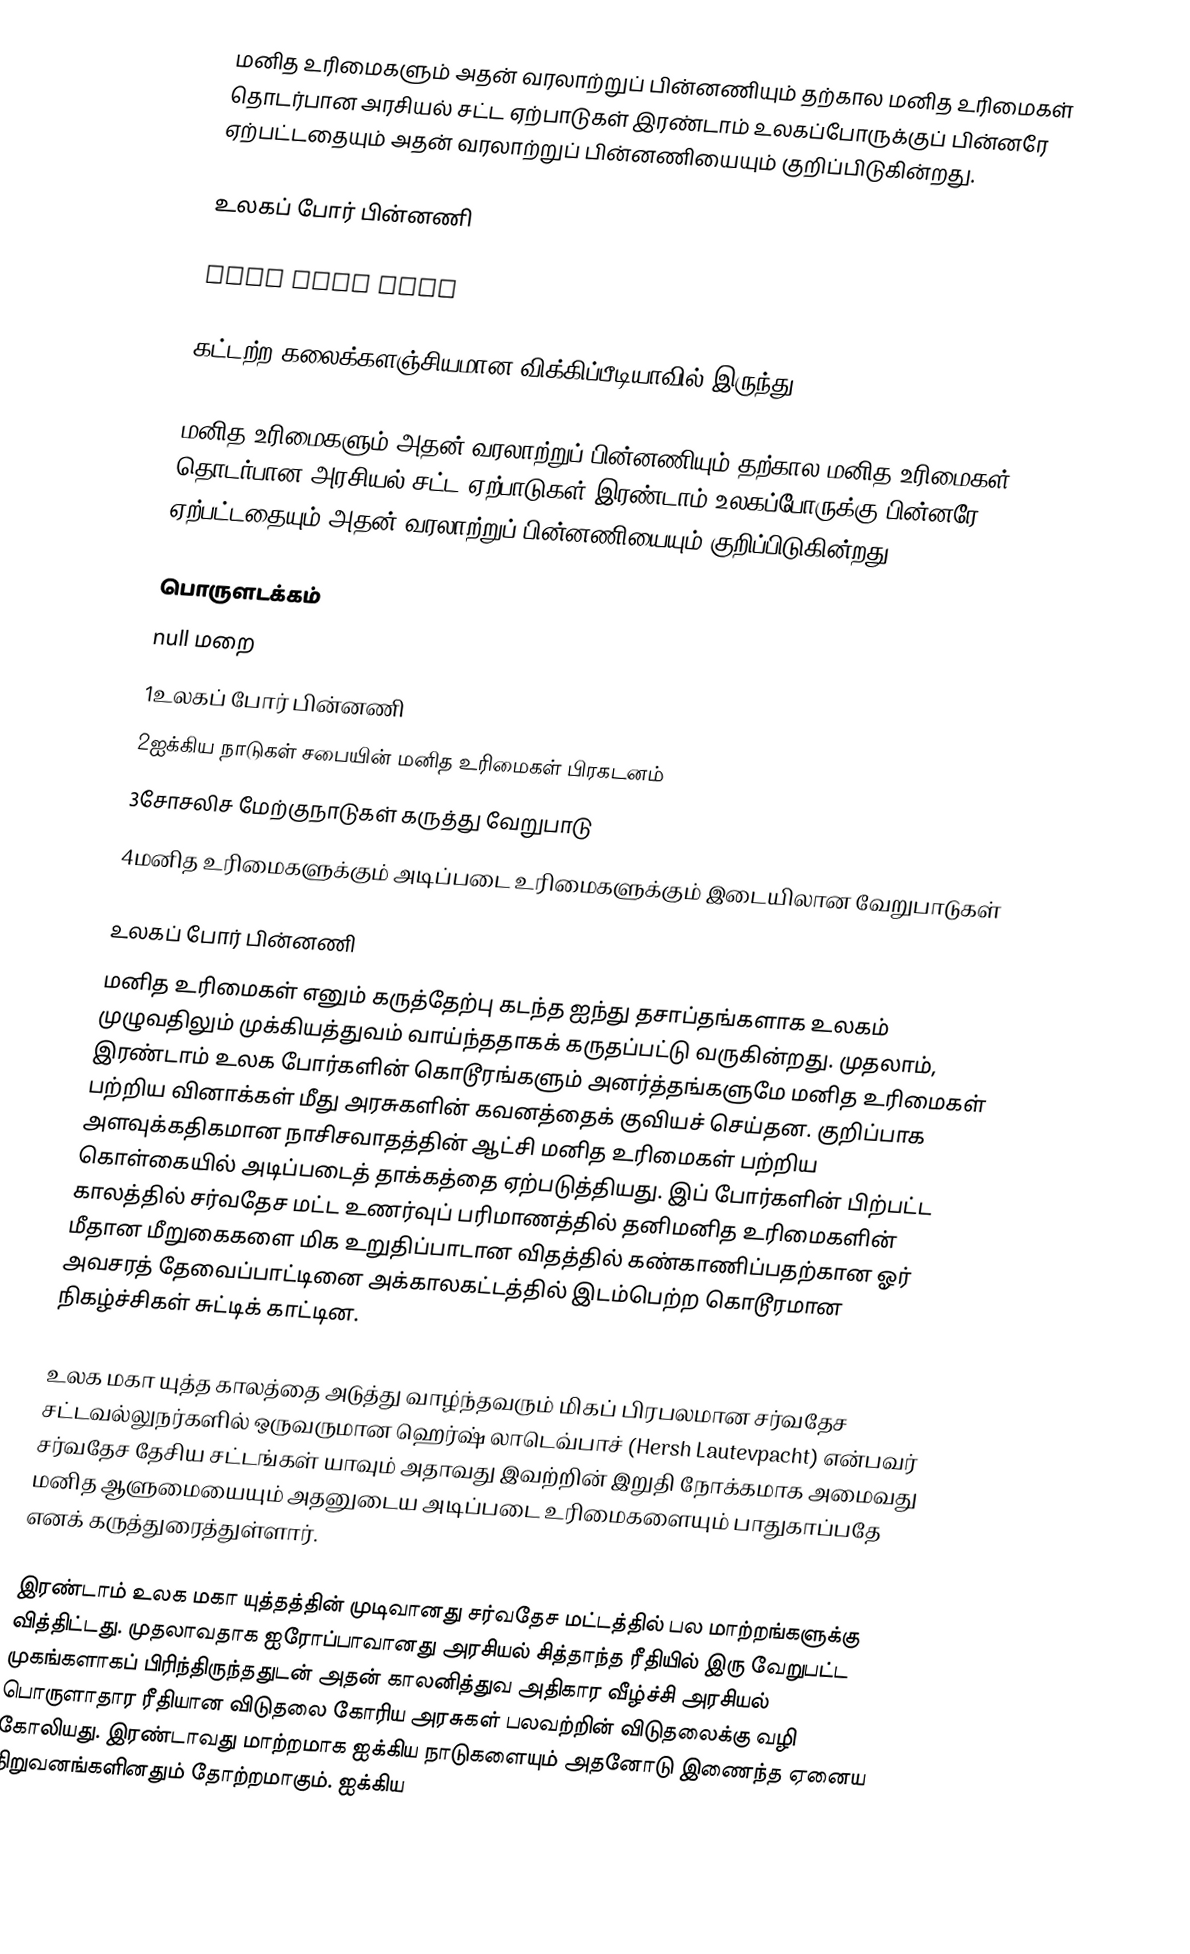
மனித உரிமைகளும் அதன் வரலாற்றுப் பின்னணியும் தற்கால மனித உரிமைகள் தொடர்பான அரசியல் சட்ட ஏற்பாடுகள் இரண்டாம் உலகப்போருக்குப் பின்னரே ஏற்பட்டதையும் அதன் வரலாற்றுப் பின்னணியையும் குறிப்பிடுகின்றது.

உலகப் போர் பின்னணி

LOOL MEEM SAAS

கட்டற்ற கலைக்களஞ்சியமான விக்கிப்பீடியாவில் இருந்து.

மனித உரிமைகளும் அதன் வரலாற்றுப் பின்னணியும் தற்கால மனித உரிமைகள் தொடர்பான அரசியல் சட்ட ஏற்பாடுகள் இரண்டாம் உலகப்போருக்கு பின்னரே ஏற்பட்டதையும் அதன் வரலாற்றுப் பின்னணியையும் குறிப்பிடுகின்றது.

பொருளடக்கம்
  null மறை 
 1உலகப் போர் பின்னணி
 2ஐக்கிய நாடுகள் சபையின் மனித உரிமைகள் பிரகடனம்
 3சோசலிச மேற்குநாடுகள் கருத்து வேறுபாடு
 4மனித உரிமைகளுக்கும் அடிப்படை உரிமைகளுக்கும் இடையிலான வேறுபாடுகள்

உலகப் போர் பின்னணி
மனித உரிமைகள் எனும் கருத்தேற்பு கடந்த ஐந்து தசாப்தங்களாக உலகம் முழுவதிலும் முக்கியத்துவம் வாய்ந்ததாகக் கருதப்பட்டு வருகின்றது. முதலாம், இரண்டாம் உலக போர்களின் கொடூரங்களும் அனர்த்தங்களுமே மனித உரிமைகள் பற்றிய வினாக்கள் மீது அரசுகளின் கவனத்தைக் குவியச் செய்தன. குறிப்பாக அளவுக்கதிகமான நாசிசவாதத்தின் ஆட்சி மனித உரிமைகள் பற்றிய கொள்கையில் அடிப்படைத் தாக்கத்தை ஏற்படுத்தியது. இப் போர்களின் பிற்பட்ட காலத்தில் சர்வதேச மட்ட உணர்வுப் பரிமாணத்தில் தனிமனித உரிமைகளின் மீதான மீறுகைகளை மிக உறுதிப்பாடான விதத்தில் கண்காணிப்பதற்கான ஓர் அவசரத் தேவைப்பாட்டினை அக்காலகட்டத்தில் இடம்பெற்ற கொடூரமான நிகழ்ச்சிகள் சுட்டிக் காட்டின.

உலக மகா யுத்த காலத்தை அடுத்து வாழ்ந்தவரும் மிகப் பிரபலமான சர்வதேச சட்டவல்லுநர்களில் ஒருவருமான ஹெர்ஷ் லாடெவ்பாச் (Hersh Lautevpacht) என்பவர் சர்வதேச தேசிய சட்டங்கள் யாவும் அதாவது இவற்றின் இறுதி நோக்கமாக அமைவது மனித ஆளுமையையும் அதனுடைய அடிப்படை உரிமைகளையும் பாதுகாப்பதே எனக் கருத்துரைத்துள்ளார்.

இரண்டாம் உலக மகா யுத்தத்தின் முடிவானது சர்வதேச மட்டத்தில் பல மாற்றங்களுக்கு வித்திட்டது. முதலாவதாக ஐரோப்பாவானது அரசியல் சித்தாந்த ரீதியில் இரு வேறுபட்ட முகங்களாகப் பிரிந்திருந்ததுடன் அதன் காலனித்துவ அதிகார வீழ்ச்சி அரசியல் பொருளாதார ரீதியான விடுதலை கோரிய அரசுகள் பலவற்றின் விடுதலைக்கு வழி கோலியது. இரண்டாவது மாற்றமாக ஐக்கிய நாடுகளையும் அதனோடு இணைந்த ஏனைய நிறுவனங்களினதும் தோற்றமாகும். ஐக்கிய